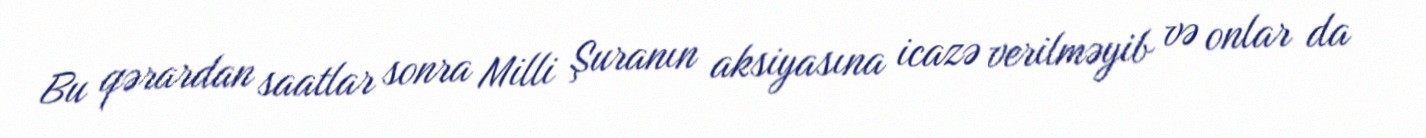
Bu qərardan saatlar sonra Milli Şuranın aksiyasına icazə verilməyib və onlar da